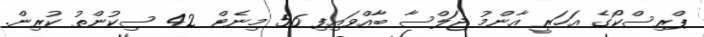
ޕްރިސްކޯގެ އަހަރީ އާންމު ޖަލްސާ ބާއްވައިފި 56 މިނެޓް 42 ސިކުންތު ކުރިން.